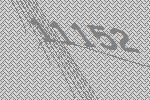
11152